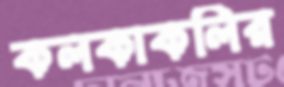
কলকাকলির